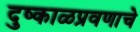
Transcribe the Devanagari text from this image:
दुष्काळप्रवणाचे